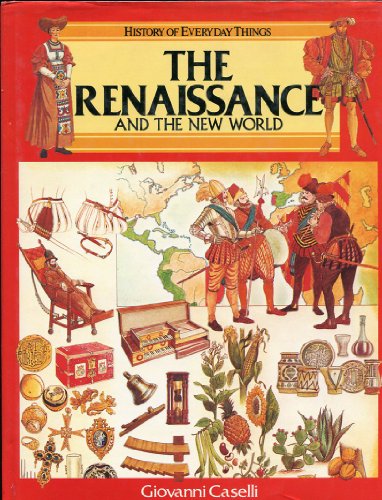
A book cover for The Renaissance and the New World (History of Everyday Things series); Giovanni Caselli; Children's Books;